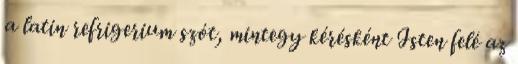
a latin refrigerium szót, mintegy kérésként Isten felé az